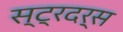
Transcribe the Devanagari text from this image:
स्ट्रदर्स